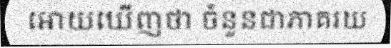
អោយឃើញថា ចំនួនជាភាគរយ